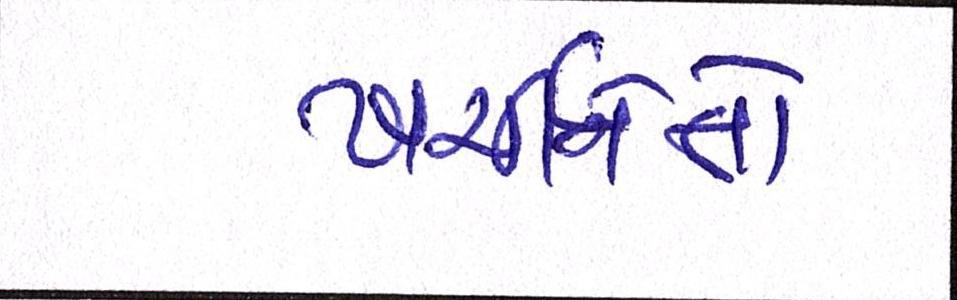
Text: ખર્ચીનેતો